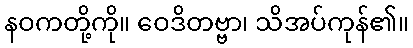
နဝကတို့ကို။ ဝေဒိတဗ္ဗာ၊ သိအပ်ကုန်၏။